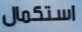
استكمال